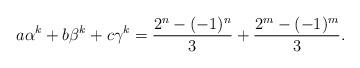
LaTeX: \begin{align*} a\alpha^{k}+b\beta^{k}+c\gamma^{k}=\frac{2^n-(-1)^n}{3}+\frac{2^m-(-1)^m}{3}.\end{align*}